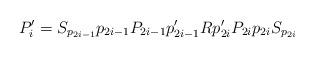
LaTeX: \begin{align*}P'_i = S_{p_{2i-1}}p_{2i-1}P_{2i-1}p'_{2i-1}Rp'_{2i}P_{2i}p_{2i}S_{p_{2i}} \end{align*}